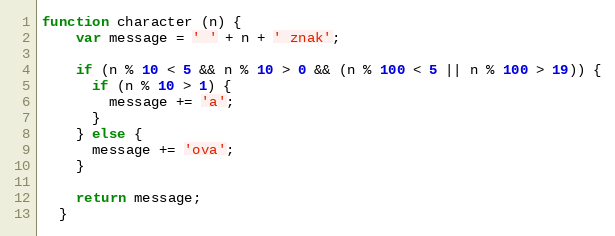
Language: JavaScript
function character (n) {
    var message = ' ' + n + ' znak';

    if (n % 10 < 5 && n % 10 > 0 && (n % 100 < 5 || n % 100 > 19)) {
      if (n % 10 > 1) {
        message += 'a';
      }
    } else {
      message += 'ova';
    }

    return message;
  }